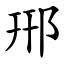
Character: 郉